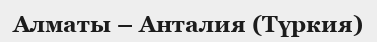
Алматы – Анталия (Түркия)